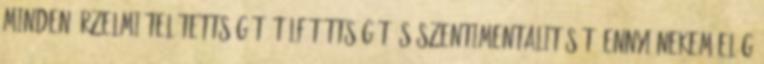
minden érzelmi telítettségét, túlfűtöttségét és szentimentalitását. Ennyi nekem elég